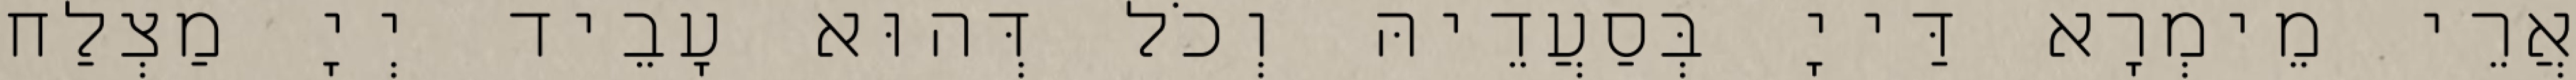
אֲרֵי מֵימְרָא דַּייָ בְּסַעֲדֵיהּ וְכֹל דְּהוּא עָבֵיד יְיָ מַצְלַח